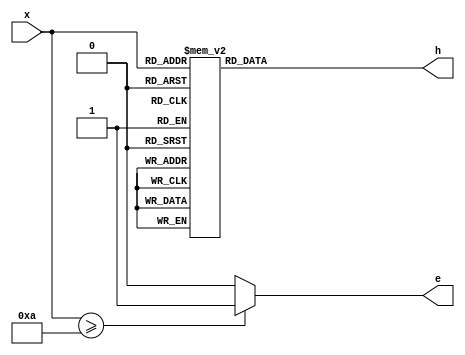
module decoder_hex_10 (
	input [3:0] x,
	output [0:6] h,
	output e); 
	
	reg [0:6] a;
	reg error;
	
	always @ (*) begin
		case(x)
			4'b0000: a = 7'b0000001;
			4'b0001: a = 7'b1001111;
			4'b0010: a = 7'b0010010;
			4'b0011: a = 7'b0000110;
			4'b0100: a = 7'b1001100;
			4'b0101: a = 7'b0100100;
			4'b0110: a = 7'b0100000;
			4'b0111: a = 7'b0001111;
			4'b1000: a = 7'b0000000;
			4'b1001: a = 7'b0000100;
			default: a = 7'b0110000;
		endcase
		if (x >= 4'b1010) begin
			error = 1'b1;
		end
		else begin
			error = 1'b0;
		end
	end
	
	assign h = a;
	assign e = error;
	
endmodule